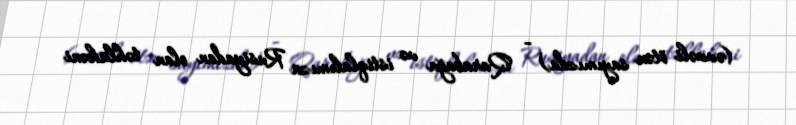
(əvvəli ötən sayımızda) - Qarabağa və istiqlalımıza Rusiyadan olan təhlükəni